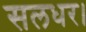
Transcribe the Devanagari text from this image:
सलधर।